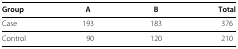
<table><thead><tr><td><b>Group</b></td><td><b>A</b></td><td><b>B</b></td><td><b>Total</b></td></tr></thead><tbody><tr><td>Case</td><td>193</td><td>183</td><td>376</td></tr><tr><td>Control</td><td>90</td><td>120</td><td>210</td></tr></tbody></table>